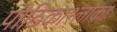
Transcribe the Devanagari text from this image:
पीठिकाश्लोकाः